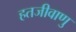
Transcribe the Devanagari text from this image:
हतजीवाणु